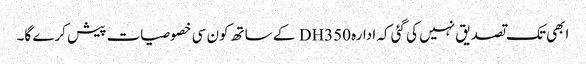
ابھی تک تصدیق نہیں کی گئی کہ ادارہ DH350 کے ساتھ کون سی خصوصیات پیش کرے گا۔